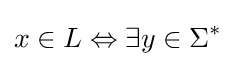
x\in L\Leftrightarrow \exists y\in \Sigma ^{*}